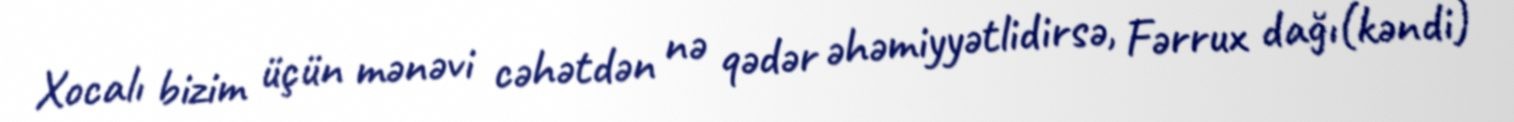
Xocalı bizim üçün mənəvi cəhətdən nə qədər əhəmiyyətlidirsə, Fərrux dağı(kəndi)